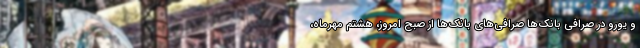
و یورو در صرافی بانک‌ها صرافی‌های بانک‌ها از صبح امروز، هشتم مهرماه،